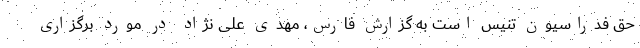
حق فدراسیون تنیس است به گزارش فارس، مهدی علی نژاد در مورد برگزاری